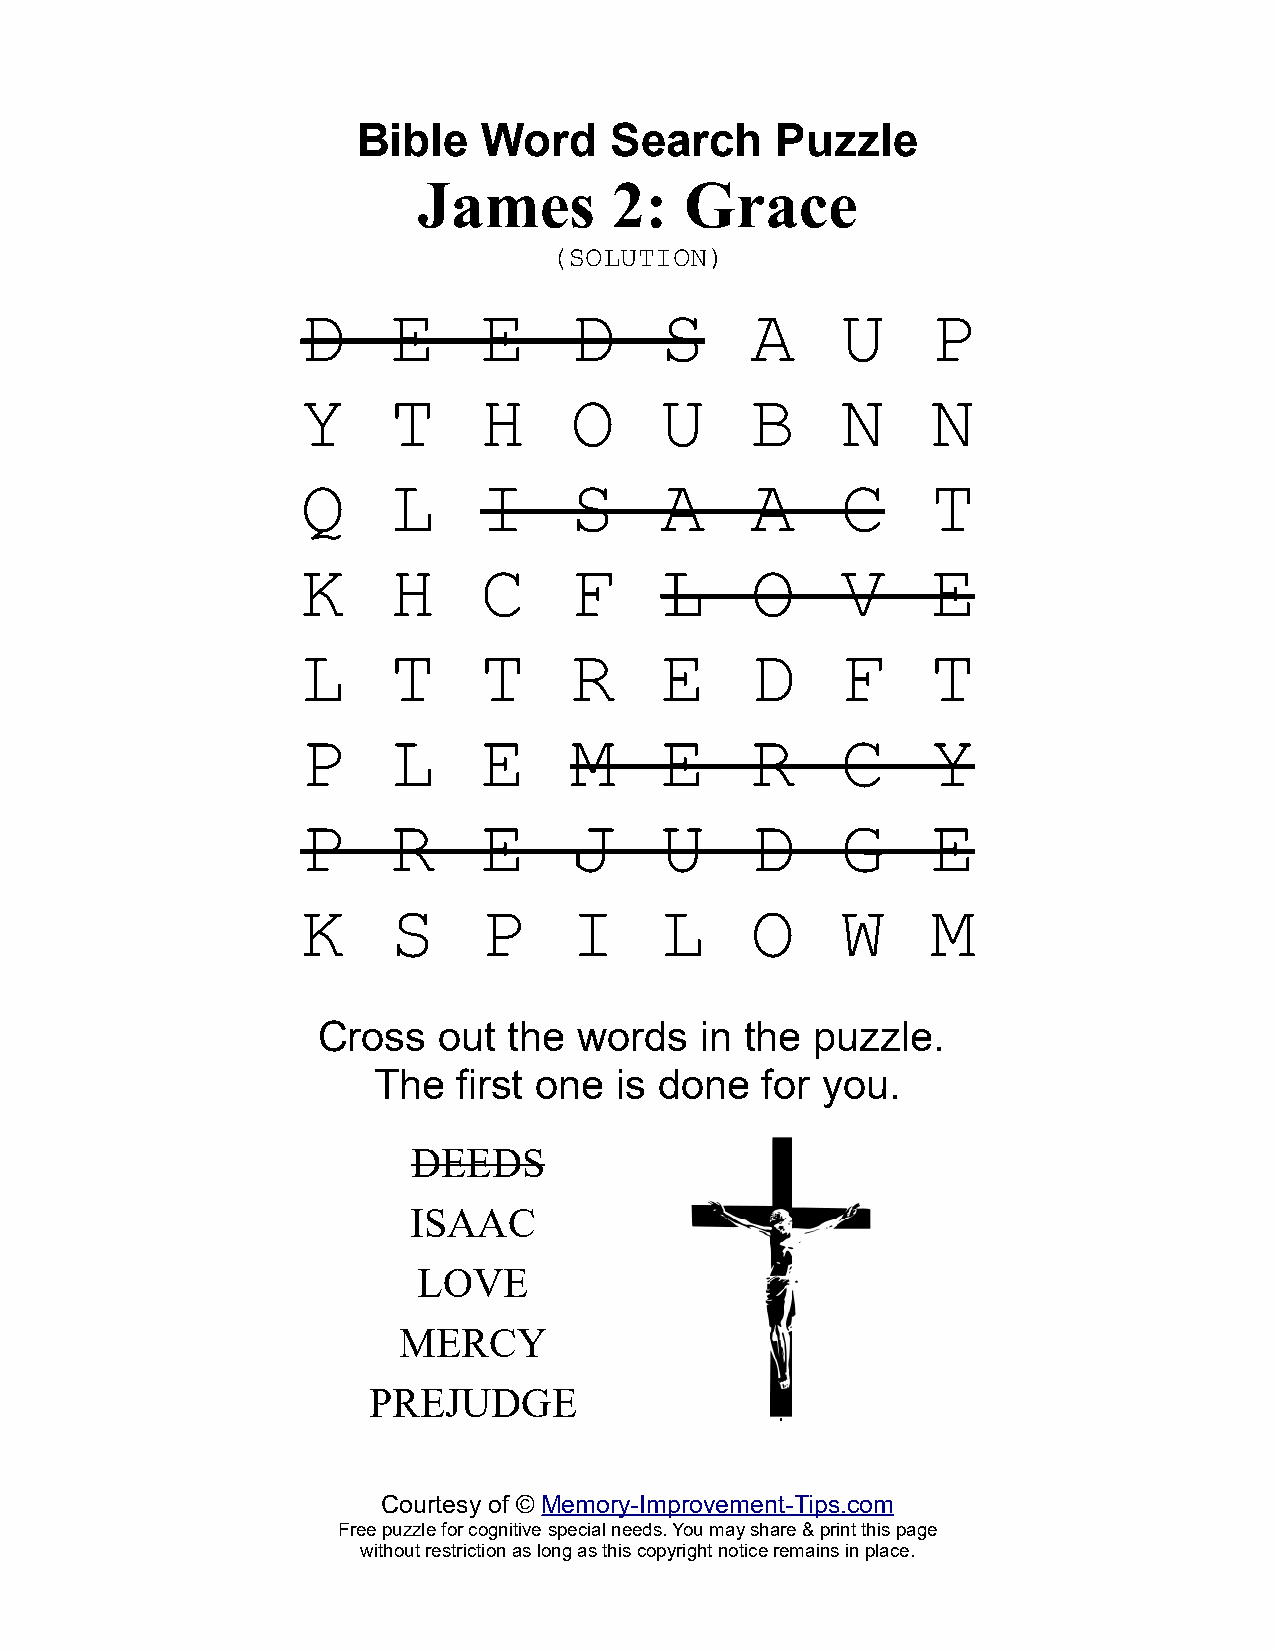
Bible   Word    Search     Puzzle
 James        2:  Grace
 (SOLUTION)
 D     E     E     D     S     A     U     P
 Y     T     H     O     U     B     N     N
 Q     L     I     S     A     A     C     T
 K     H     C     F     L     O     V     E
 L     T     T     R     E     D     F     T
 P     L     E     M     E     R     C     Y
 P     R     E     J     U     D     G     E
 K     S     P     I     L     O     W     M
 Cross   out  the words   in the  puzzle.
 The  first one  is done  for you.
 DEEDS
 ISAAC
 LOVE
 MERCY
 PREJUDGE
 0
 Courtesy of © Memory-Improvement-Tips.com
 Free puzzle for cognitive special needs. You may share & print this page
 without restriction as long as this copyright notice remains in place.